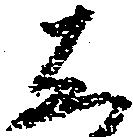
し